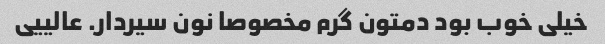
خیلی خوب بود دمتون گرم مخصوصا نون سیردار. عالییی